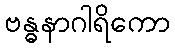
ဗန္ဓနာဂါရိကော